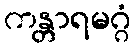
ကန္တာရမဂ္ဂံ